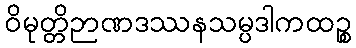
ဝိမုတ္တိဉာဏဒဿနသမ္ပဒါကထဉ္စ